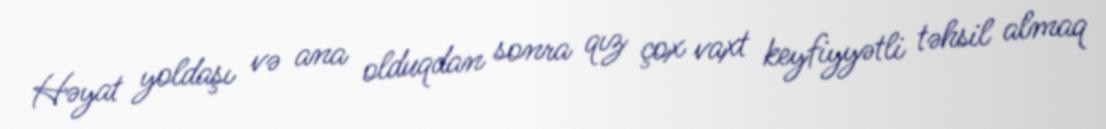
Həyat yoldaşı və ana olduqdan sonra qız çox vaxt keyfiyyətli təhsil almaq